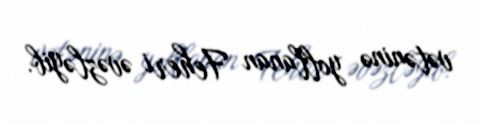
vətəninə yollanan Feheri əvəzləyib.